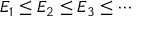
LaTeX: E _ { 1 } \leq E _ { 2 } \leq E _ { 3 } \leq \cdots